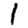
Digit: 1